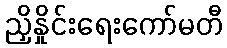
ညှိနှိုင်းရေးကော်မတီ